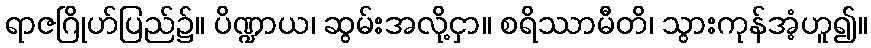
ရာဇဂြိုဟ်ပြည်၌။ ပိဏ္ဍာယ၊ ဆွမ်းအလို့ငှာ။ စရိဿာမီတိ၊ သွားကုန်အံ့ဟူ၍။